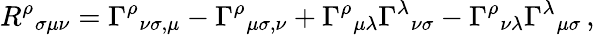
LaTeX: R^{\rho}{}_{\sigma\mu\nu}=\Gamma^{\rho}{}_{\nu\sigma,\mu}-\Gamma^{\rho}{}_{\mu\sigma,\nu}+\Gamma^{\rho}{}_{\mu\lambda}\Gamma^{\lambda}{}_{\nu\sigma}-\Gamma^{\rho}{}_{\nu\lambda}\Gamma^{\lambda}{}_{\mu\sigma}\, ,